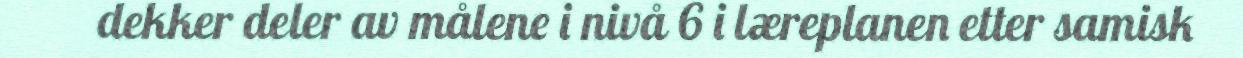
dekker deler av målene i nivå 6 i læreplanen etter samisk